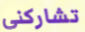
تشاركني